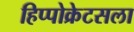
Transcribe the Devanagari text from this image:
हिप्पोक्रेटसला